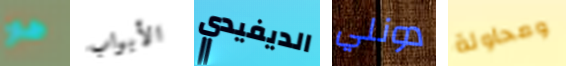
هو الأبواب الديفيدي دونلي ومحاولة